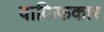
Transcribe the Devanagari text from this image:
वाकिफकार